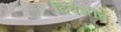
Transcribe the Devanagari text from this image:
दिवशींच